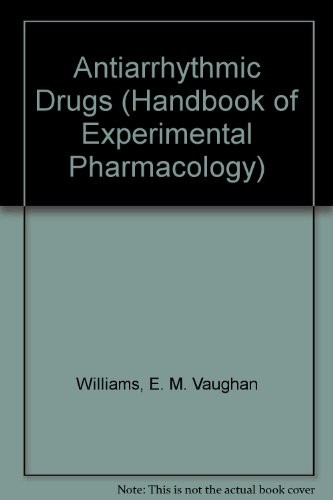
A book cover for Antiarrhythmic Drugs (Handbook of Experimental Pharmacology); E. M. Vaughan Williams; Medical Books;